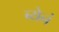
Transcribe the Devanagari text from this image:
ब्येनं